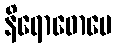
နိရောဓောပေ